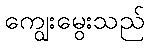
ကျွေးမွေးသည်